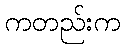
ကတည်းက